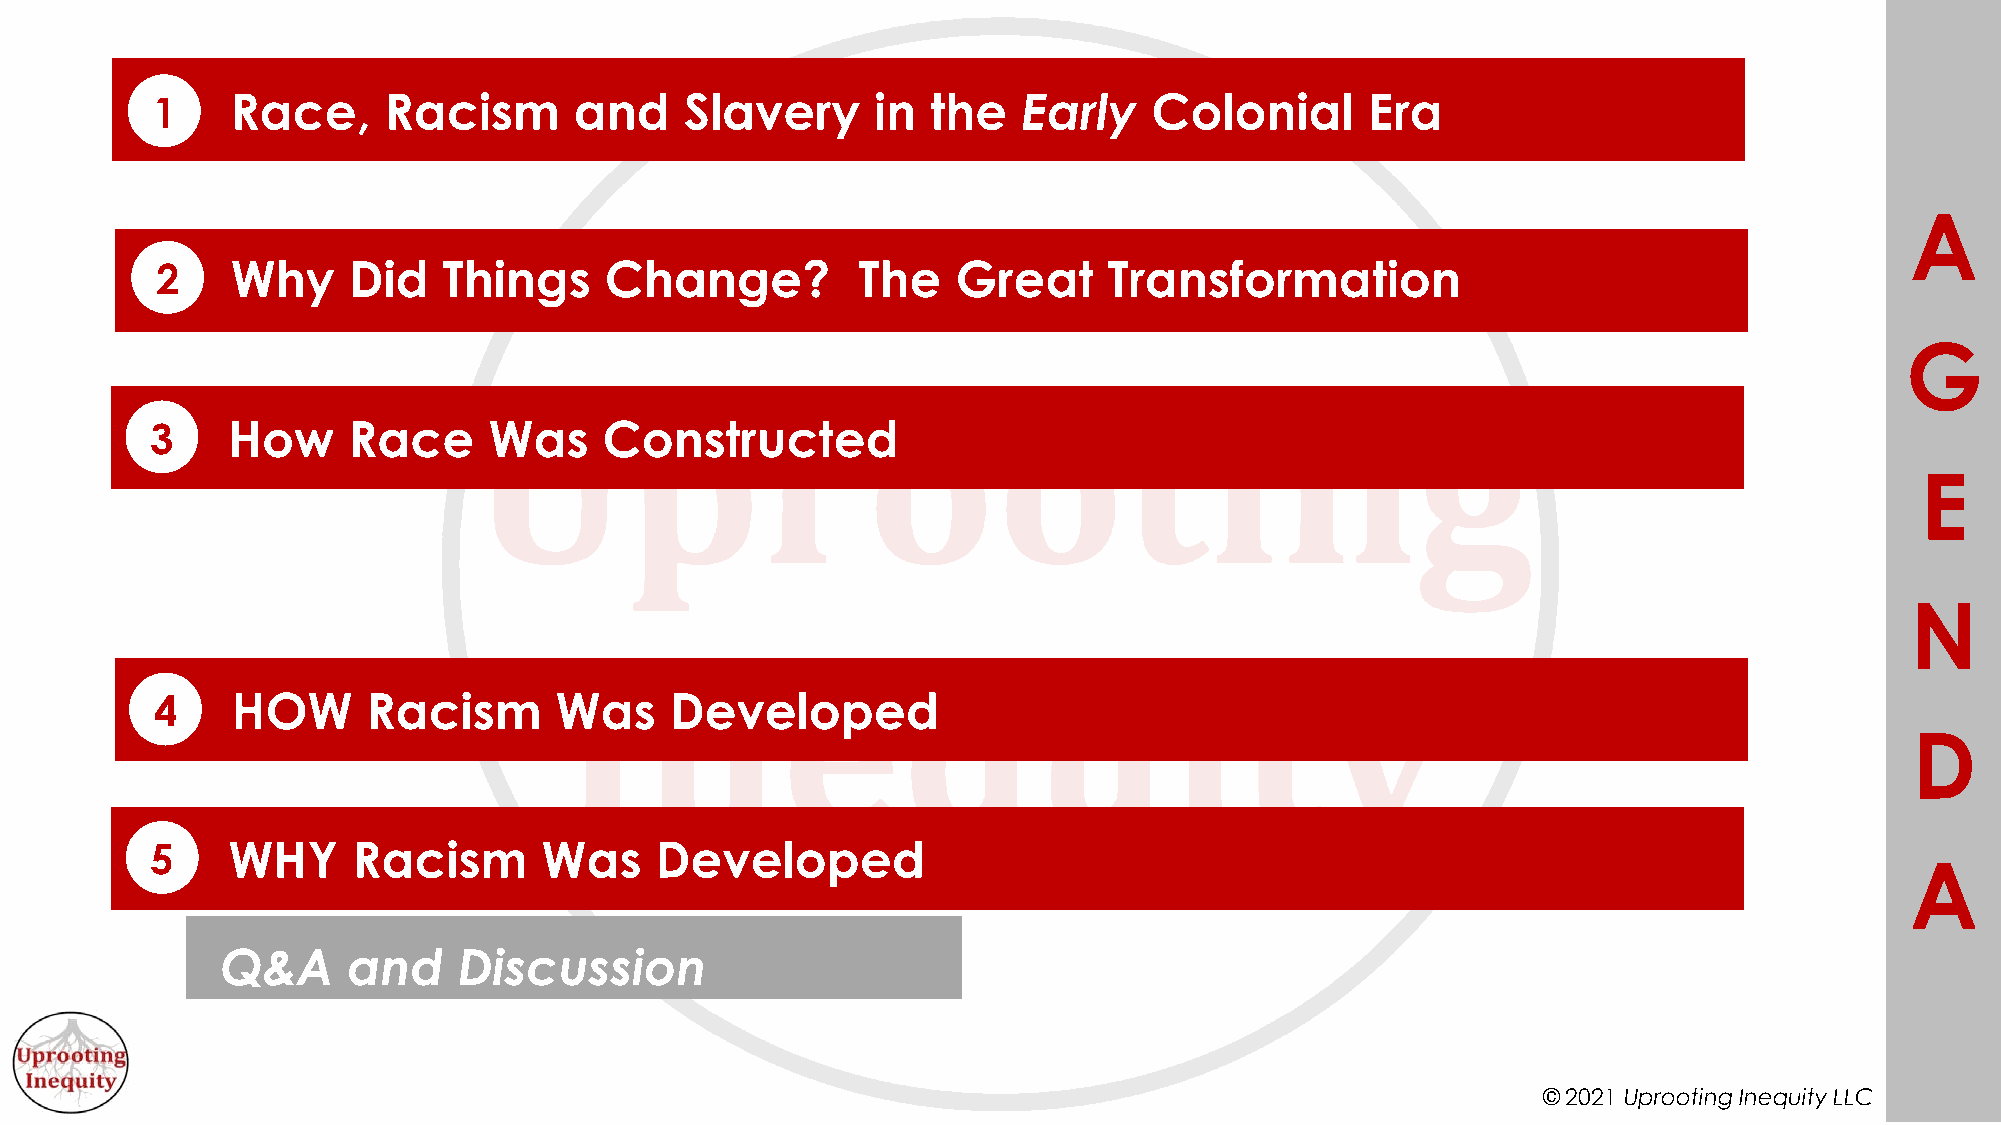
1    Race,     Racism       and    Slavery      in  the   Early   Colonial       Era
 A
 2    Why     Did   Things     Change?          The   Great     Transformation
 G
 3    How     Race     Was     Constructed
 E
 N
 4    HOW      Racism       Was    Developed
 D
 5    WHY     Racism       Was    Developed
 A
 Q&A     and    Discussion
 © 2021 Uprooting Inequity LLC